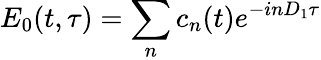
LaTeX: E_{0}(t,\tau)=\sum_{n}c_{n}(t)e^{-inD_{1}\tau}